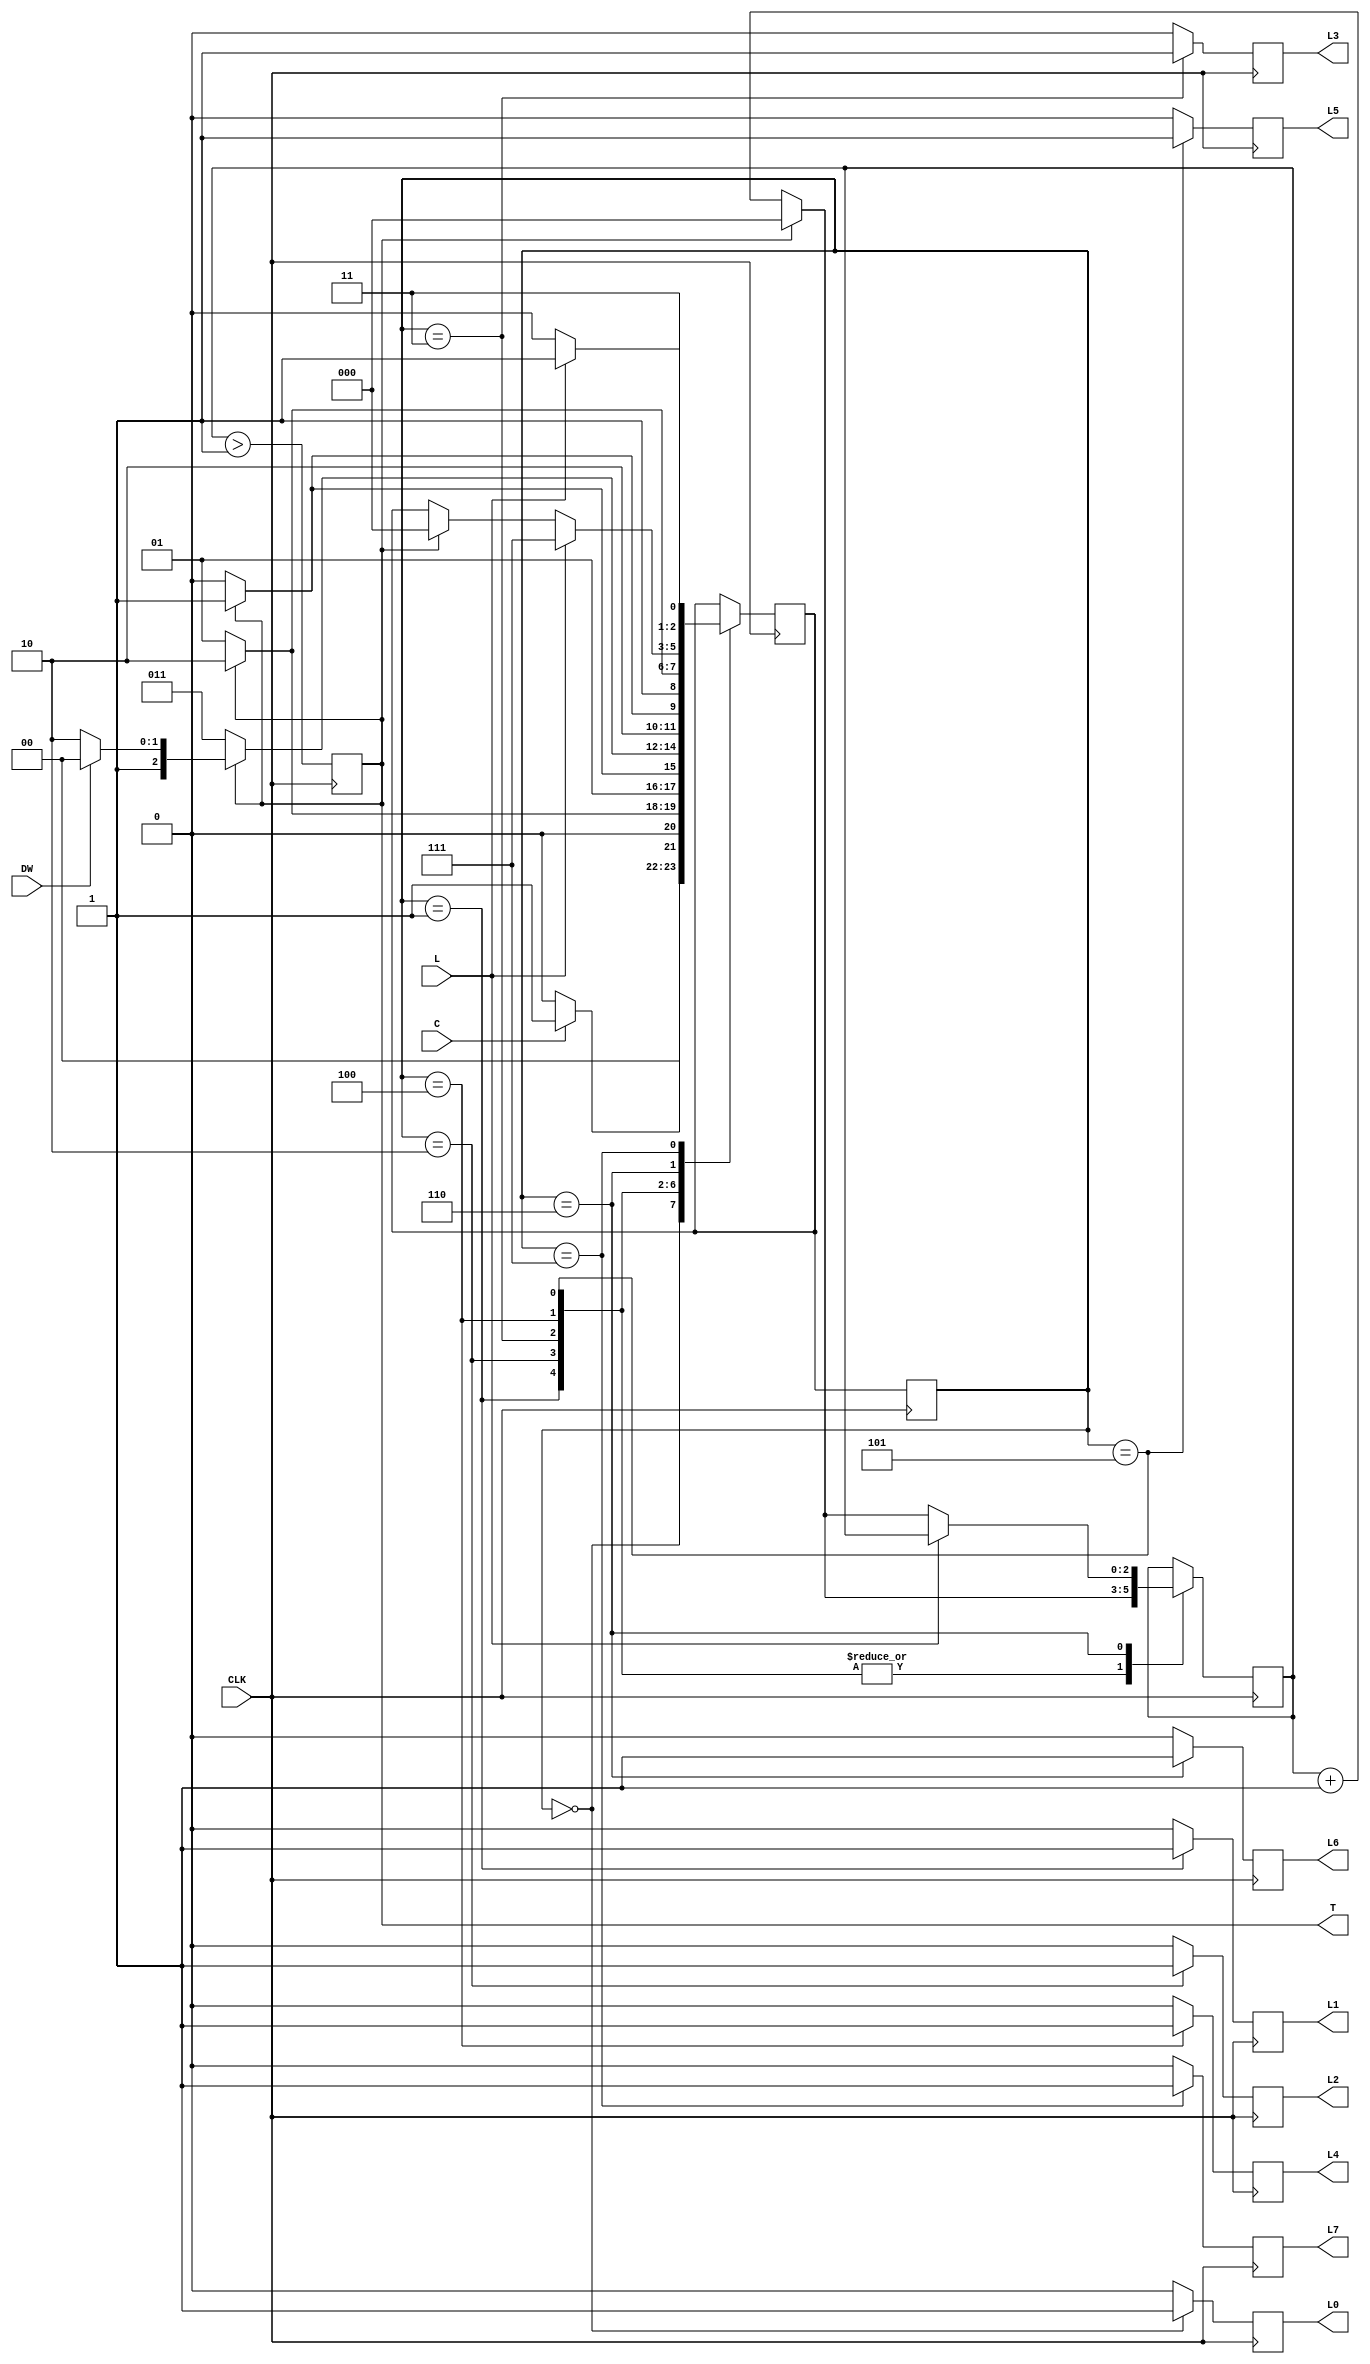
module washingmachine (
  input CLK, C, L, DW, 
  output reg T,L0,L1,L2,L3,L4,L5,L6,L7
);
parameter IDLE=3'd0,SOAK=3'd1,WASH1=3'd2,RINSE1=3'd3,WASH2=3'd4,RINSE2=3'd5,SPIN=3'd6,STOP=3'd7;
parameter stage_time = 3'd1; // +4 from state transitions for a total of 5 clock pulse per stage
// adjust accordingly

reg [2:0] state, next_state, counter;

initial
begin
  state <= IDLE;
  next_state <= IDLE;
  L0 <= 1'b1;
  L1 <= 1'b0;
  L2 <= 1'b0;
  L3 <= 1'b0;
  L4 <= 1'b0;
  L5 <= 1'b0;
  L6 <= 1'b0;
  L7 <= 1'b0;
  counter <= 3'd0;
end

always @(posedge CLK)
begin
  T <= (counter > stage_time);
  state <= next_state;
  
  L0 <= 1'b0;
  L1 <= 1'b0;
  L2 <= 1'b0;
  L3 <= 1'b0;
  L4 <= 1'b0;
  L5 <= 1'b0;
  L6 <= 1'b0;
  L7 <= 1'b0;
  case (state)
    IDLE: begin
      next_state <= (C) ? SOAK : IDLE;
      L0 <= 1'b1;
    end
    SOAK: begin
      counter <= (T) ? 3'd0 : (counter + 1'd1);
      next_state <= (T) ? WASH1 : SOAK;
      L1 <= 1'b1;
    end
    WASH1: begin
      counter <= (T) ? 3'd0 : (counter + 1'd1);
      next_state <= (T) ? RINSE1 : WASH1;
      L2 <= 1'b1;
    end
    RINSE1: begin
      counter <= (T) ? 3'd0 : (counter + 1'd1);
      if (T) next_state <= (DW) ? WASH2 : SPIN;
      else next_state <= RINSE1;
      L3 <= 1'b1;
    end
    WASH2: begin
      counter <= (T) ? 3'd0 : (counter + 1'd1);
      next_state <= (T) ? RINSE2 : WASH2;
      L4 <= 1'b1;
    end
    RINSE2: begin
      counter <= (T) ? 3'd0 : (counter + 1'd1);
      next_state <= (T) ? SPIN : RINSE2;
      L5 <= 1'b1;
    end
    SPIN: begin
      if (L) next_state <= STOP;
      else begin
        if (T) begin
	      next_state<= IDLE;
	      counter <= 3'd0;
	    end
	    else counter <= counter + 1'd1;
	  end
      L6 <= 1'b1;
      end
    STOP: begin
      next_state <= (L) ? STOP : SPIN;
      counter <= counter;
      L7 <= 1'b1;
    end 
  endcase
end

endmodule